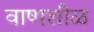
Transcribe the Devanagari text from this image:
वाष्पशीळ